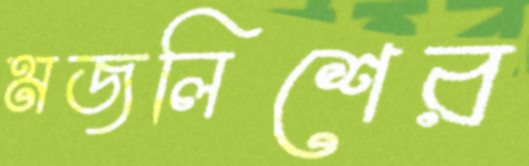
মজলিশের